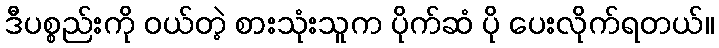
ဒီပစ္စည်းကို ဝယ်တဲ့ စားသုံးသူက ပိုက်ဆံ ပို ပေးလိုက်ရတယ်။